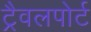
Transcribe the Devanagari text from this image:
ट्रैवलपोर्ट